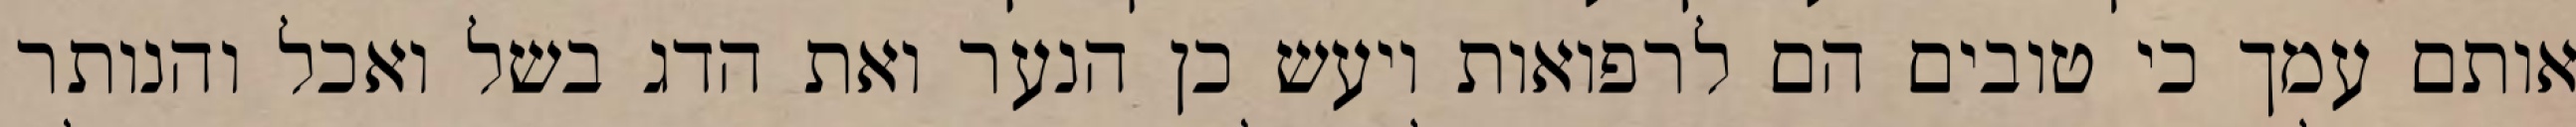
אותם עמך כי טובים הם לרפואות ויעש כן הנער ואת הדג בשל ואכל והנותר